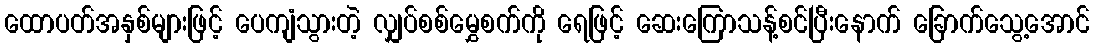
ထောပတ်အနှစ်များဖြင့် ပေကျံသွားတဲ့ လျှပ်စစ်မွှေစက်ကို ရေဖြင့် ဆေးကြောသန့်စင်ပြီးနောက် ခြောက်သွေ့အောင်